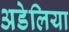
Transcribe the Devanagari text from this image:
अडेलिया